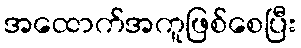
အထောက်အကူဖြစ်စေပြီး